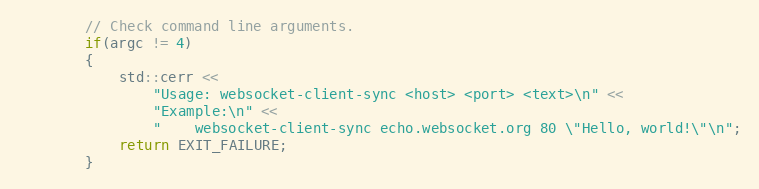
Language: C++
        // Check command line arguments.
        if(argc != 4)
        {
            std::cerr <<
                "Usage: websocket-client-sync <host> <port> <text>\n" <<
                "Example:\n" <<
                "    websocket-client-sync echo.websocket.org 80 \"Hello, world!\"\n";
            return EXIT_FAILURE;
        }